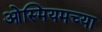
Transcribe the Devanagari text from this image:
ओस्मियमच्या